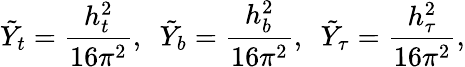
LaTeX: \tilde{Y}_{t}={\frac{h_{t}^{2}}{16{\pi}^{2}}},\, \, \, \tilde{Y}_{b}={\frac{h_{b}^{2}}{16{\pi}^{2}}},\, \, \, \tilde{Y}_{\tau}={\frac{h_{\tau}^{2}}{16{\pi}^{2}}},